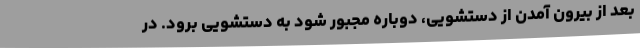
بعد از بیرون آمدن از دستشویی، دوباره مجبور شود به دستشویی برود. در